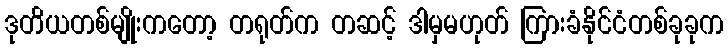
ဒုတိယတစ်မျိုးကတော့ တရုတ်က တဆင့် ဒါမှမဟုတ် ကြားခံနိုင်ငံတစ်ခုခုက